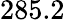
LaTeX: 285.2